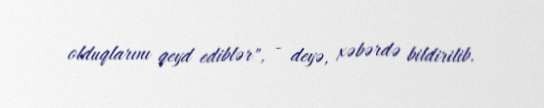
olduqlarını qeyd ediblər", - deyə, xəbərdə bildirilib.